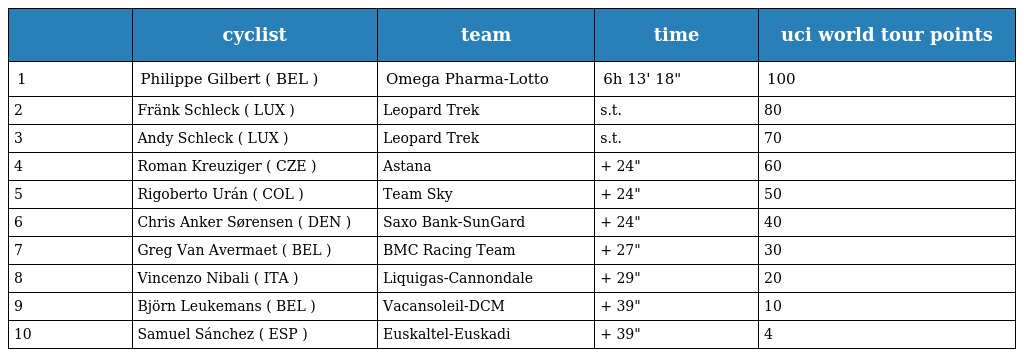
|  | cyclist | team | time | uci world tour points |
 | --- | --- | --- | --- | --- |
 | 1 | Philippe Gilbert ( BEL ) | Omega Pharma-Lotto | 6h 13' 18" | 100 |
 | 2 | Fränk Schleck ( LUX ) | Leopard Trek | s.t. | 80 |
 | 3 | Andy Schleck ( LUX ) | Leopard Trek | s.t. | 70 |
 | 4 | Roman Kreuziger ( CZE ) | Astana | + 24" | 60 |
 | 5 | Rigoberto Urán ( COL ) | Team Sky | + 24" | 50 |
 | 6 | Chris Anker Sørensen ( DEN ) | Saxo Bank-SunGard | + 24" | 40 |
 | 7 | Greg Van Avermaet ( BEL ) | BMC Racing Team | + 27" | 30 |
 | 8 | Vincenzo Nibali ( ITA ) | Liquigas-Cannondale | + 29" | 20 |
 | 9 | Björn Leukemans ( BEL ) | Vacansoleil-DCM | + 39" | 10 |
 | 10 | Samuel Sánchez ( ESP ) | Euskaltel-Euskadi | + 39" | 4 |